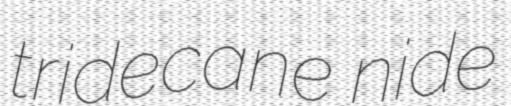
tridecane nide